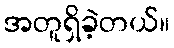
အတူရှိခဲ့တယ်။